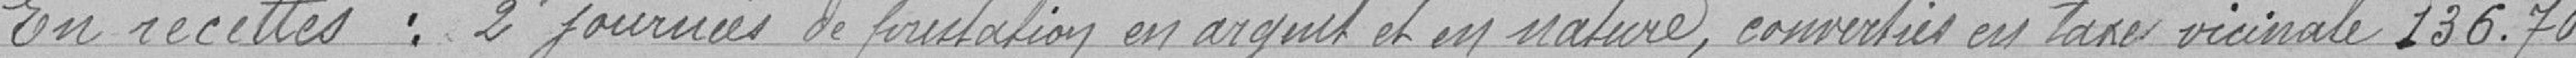
En recettes : 2 journées de prestation en argent et en nature, converties en taxe vicinale 136.700